system: You are a helpful assistant.
user:
Analyze the provided spectrum to determine if it is a **S-type Star**.

- **Key Indicators for S-type Star:**

    - **(Overall Spectrum Shape):** The first and most obvious characteristic is the overall continuum (the "baseline" shape). It is **extremely "red-sloping,"** meaning the flux (light intensity) is very low on the left side (blue, ~4000-4500 Å) and rises steeply and continuously toward the right side (red, ~7000 Å+).

    - **(Primary):** The spectrum is defined by the presence of strong, broad molecular absorption "valleys" (bands) from **Zirconium Oxide (ZrO)**. The identification of these bands is the **primary requirement** for classifying a star as S-type.
        - **(Key Bandheads):** You must find distinct, deep "dips" where the light has been absorbed. The most critical band systems to locate are:
            - **~6474 Å** ($\gamma$-system): This is often the strongest and clearest ZrO feature, found in the red part of the spectrum.
            - **~5718 Å** & **~5551 Å** ($\beta$-system): A pair of prominent absorption features in the yellow-orange part of the spectrum.
            - **~4640 Å** ($\alpha$-system): A key absorption band system in the blue-green region of the spectrum.

    - **(Secondary Confirmation):** The classification is strengthened by finding additional absorption bands from other related heavy element oxides, which are expected to be present alongside ZrO.
        - **(Key Bandheads):**
            - **Yttrium Oxide (YO):** Look for absorption dips near **~4800 Å** and **~6100 Å**.
            - **Lanthanum Oxide (LaO):** Additional absorption features, particularly in the red-orange part of the spectrum, are also characteristic.

    - **(Line Profile):** The combination of the steep red continuum and these numerous, deep molecular bands (ZrO, YO, etc.) gives the entire spectrum a very **"chopped-up"** or **"bumpy"** appearance. Instead of a smooth curve, the spectrum looks as though large, wide chunks of light have been "carved out" of it at the specific wavelengths listed above.

Think first, call **spectral_visualization_tool** if needed to examine features in detail, then provide your final answer. Your response must adhere to the following strict rules:
1.  **Overall Structure:** Your response must follow the format `<think>...</think> <tool_call>...</tool_call> (if a tool is used) <answer>...</answer>`.
2.  **Tool Usage Constraint:** You may only make **one** tool call per turn.
3.  **Final Answer Format:** In the `<answer>` tag, your conclusion must be inside a `\boxed{}` command (e.g., `\boxed{YES}` or `\boxed{NO}`), followed by your justification.

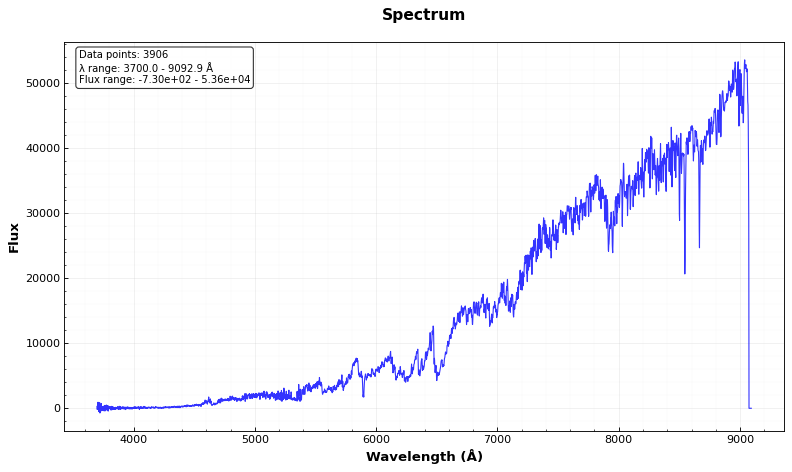
Answer: YES